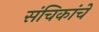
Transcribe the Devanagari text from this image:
संचिकांचे